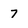
Character: 7